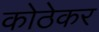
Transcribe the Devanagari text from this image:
कोठेकर